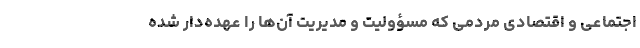
اجتماعی و اقتصادی مردمی که مسؤولیت و مدیریت آن‌ها را عهده‌دار شده